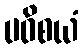
ပဝိစယံ